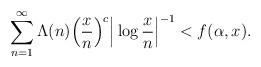
LaTeX: \begin{align*}\sum_{n=1}^{\infty} \Lambda(n) \Big( \frac{x}{n} \Big)^c \Big| \log \frac{x}{n} \Big|^{-1} < f(\alpha, x).\end{align*}